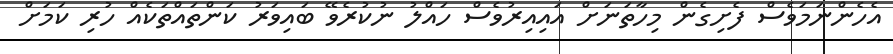
އެހެންނަމަވެސް ފެށިގެން މިހާތަނަށް އައިއިރުވެސް ހައްލު ނުކުރެވޭ ބައިވަރު ކަންތައްތަކެއް ހުރި ކަމަށް